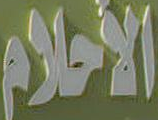
الأحلام